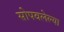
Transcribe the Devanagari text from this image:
सोपवलेल्या